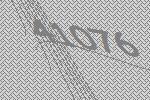
41076